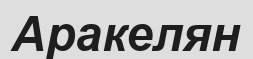
Аракелян